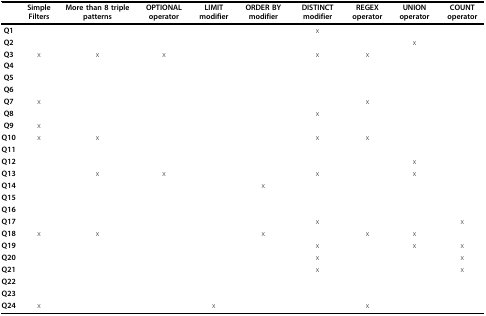
|  | Simple Filters | More than 8 triple patterns | OPTIONAL operator | LIMIT modifier | ORDER BY modifier | DISTINCT modifier | REGEX operator | UNION operator | COUNT operator |
 | --- | --- | --- | --- | --- | --- | --- | --- | --- | --- |
 | Q1 |  |  |  |  |  | x |  |  |  |
 | Q2 |  |  |  |  |  |  |  | x |  |
 | Q3 | x | x | x |  |  | x | x |  |  |
 | Q4 |  |  |  |  |  |  |  |  |  |
 | Q5 |  |  |  |  |  |  |  |  |  |
 | Q6 |  |  |  |  |  |  |  |  |  |
 | Q7 | x |  |  |  |  |  | x |  |  |
 | Q8 |  |  |  |  |  | x |  |  |  |
 | Q9 | x |  |  |  |  |  |  |  |  |
 | Q10 | x | x |  |  |  | x | x |  |  |
 | Q11 |  |  |  |  |  |  |  |  |  |
 | Q12 |  |  |  |  |  |  |  | x |  |
 | Q13 |  | x | x |  |  | x |  | x |  |
 | Q14 |  |  |  |  | x |  |  |  |  |
 | Q15 |  |  |  |  |  |  |  |  |  |
 | Q16 |  |  |  |  |  |  |  |  |  |
 | Q17 |  |  |  |  |  | x |  |  | x |
 | Q18 | x | x |  |  | x |  | x | x |  |
 | Q19 |  |  |  |  |  | x |  | x | x |
 | Q20 |  |  |  |  |  | x |  |  | x |
 | Q21 |  |  |  |  |  | x |  |  | x |
 | Q22 |  |  |  |  |  |  |  |  |  |
 | Q23 |  |  |  |  |  |  |  |  |  |
 | Q24 | x |  |  | x |  |  | x |  |  |